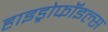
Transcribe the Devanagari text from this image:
हाइड्रोफॉइल्स